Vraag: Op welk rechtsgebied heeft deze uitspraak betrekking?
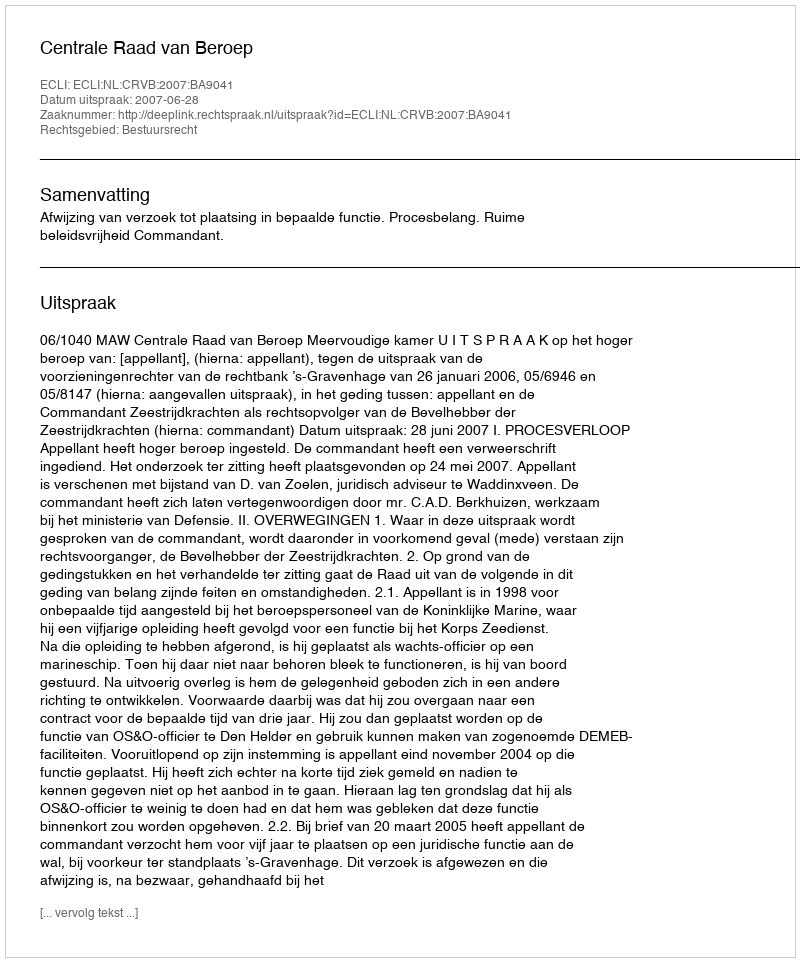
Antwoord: Bestuursrecht